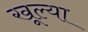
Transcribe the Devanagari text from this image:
खूल्या